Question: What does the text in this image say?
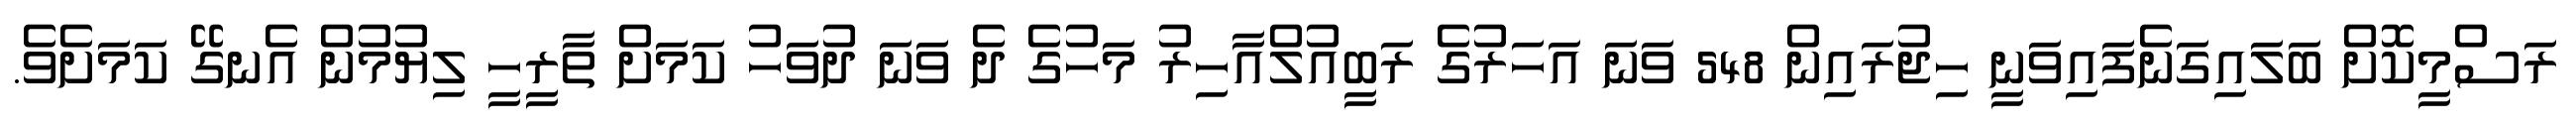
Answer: ރަސްމީކޮށް ބަލައިގަނެފައިވަނީ ހިޖުރައިން 548 ވަނަ އަހަރުގެ ރަބީއުލްއާހިރު މަހުގެ ދެ ވަނަ ދުވަހު ކަމަށް ތާރީހީ ލިޔުމުން އެނގޭ ކަމަށެވެ.